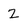
Character: 2